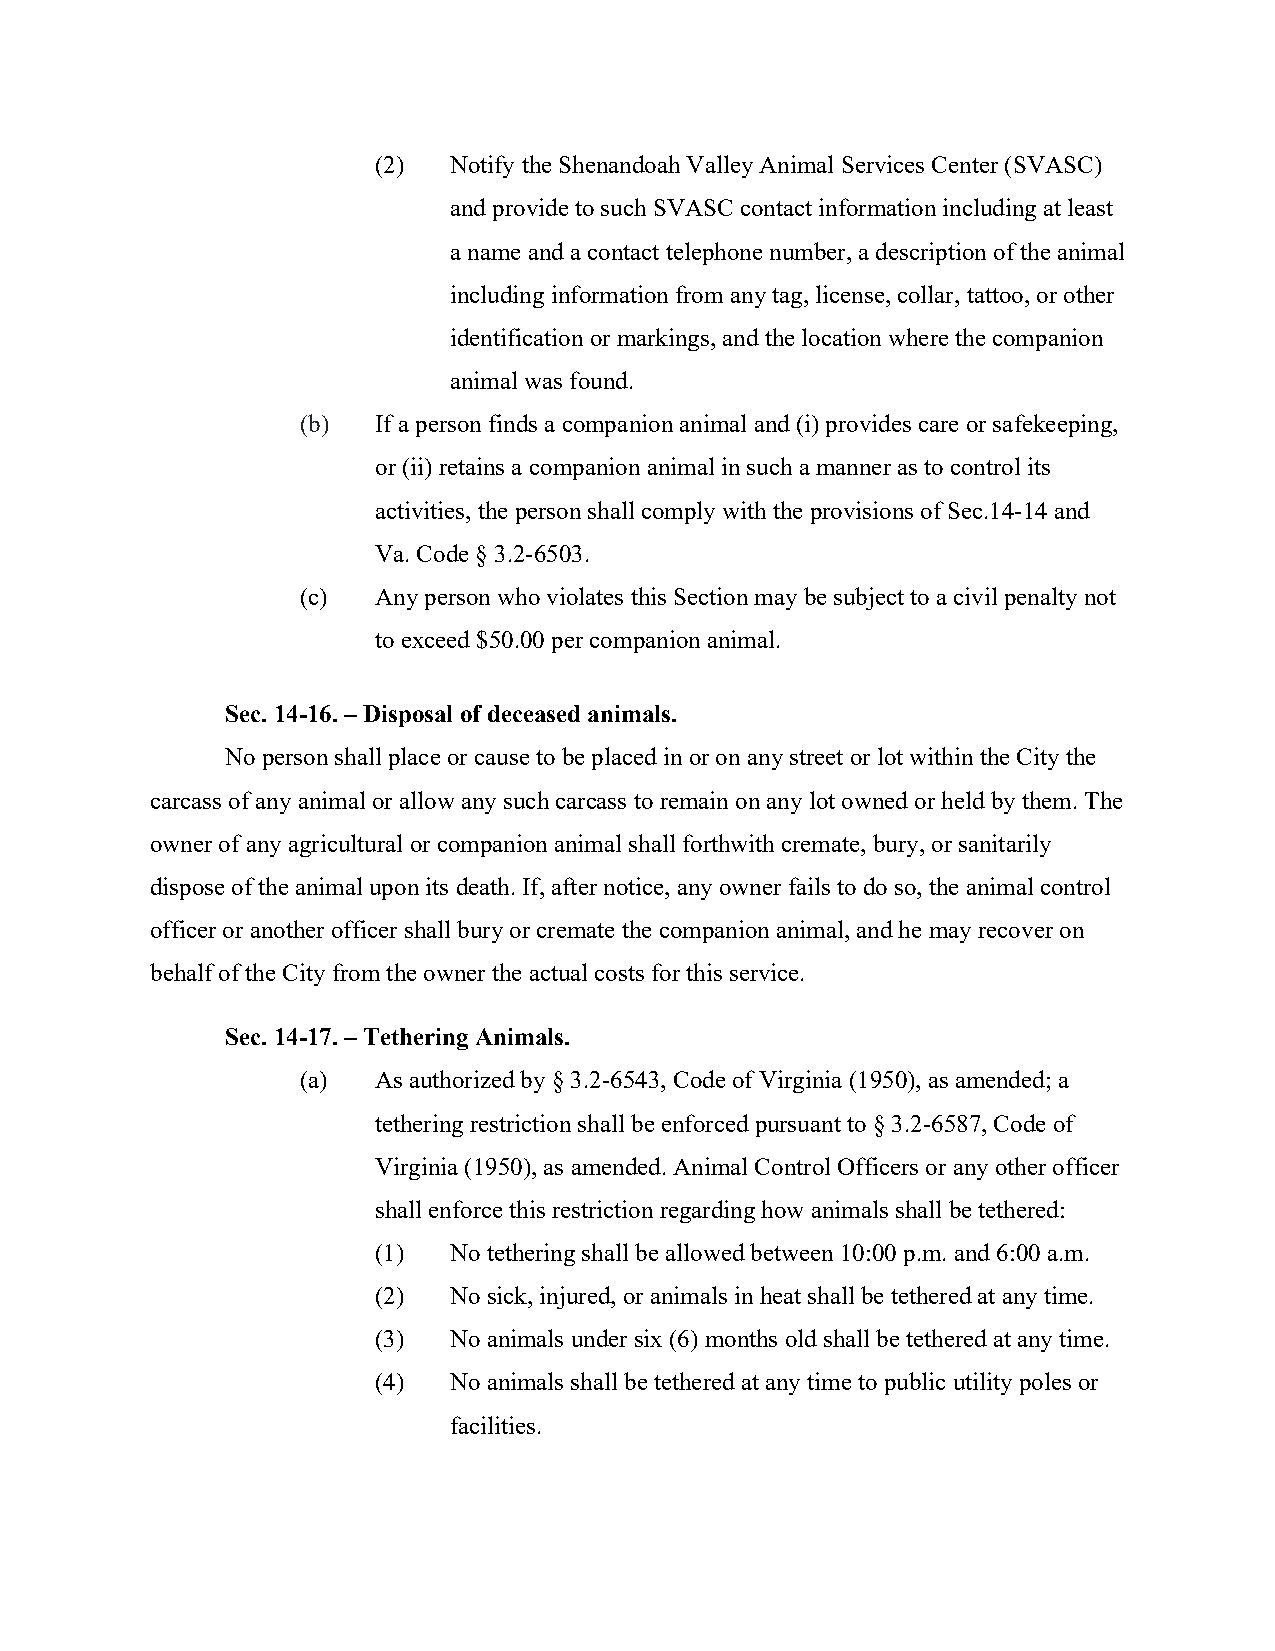
(2)  Notify the Shenandoah Valley Animal Services Center (SVASC)
 and provide to such SVASC contact information including at least
 a name and a contact telephone number, a description of the animal
 including information from any tag, license, collar, tattoo, or other
 identification or markings, and the location where the companion
 animal was found.
 (b)  If a person finds a companion animal and (i) provides care or safekeeping,
 or (ii) retains a companion animal in such a manner as to control its
 activities, the person shall comply with the provisions of Sec.14-14 and
 Va. Code § 3.2-6503.
 (c)  Any person who violates this Section may be subject to a civil penalty not
 to exceed $50.00 per companion animal.
 Sec. 14-16. – Disposal of deceased animals.
 No person shall place or cause to be placed in or on any street or lot within the City the
 carcass of any animal or allow any such carcass to remain on any lot owned or held by them. The
 owner of any agricultural or companion animal shall forthwith cremate, bury, or sanitarily
 dispose of the animal upon its death. If, after notice, any owner fails to do so, the animal control
 officer or another officer shall bury or cremate the companion animal, and he may recover on
 behalf of the City from the owner the actual costs for this service.
 Sec. 14-17. – Tethering Animals.
 (a)  As authorized by § 3.2-6543, Code of Virginia (1950), as amended; a
 tethering restriction shall be enforced pursuant to § 3.2-6587, Code of
 Virginia (1950), as amended. Animal Control Officers or any other officer
 shall enforce this restriction regarding how animals shall be tethered:
 (1)  No tethering shall be allowed between 10:00 p.m. and 6:00 a.m.
 (2)  No sick, injured, or animals in heat shall be tethered at any time.
 (3)  No animals under six (6) months old shall be tethered at any time.
 (4)  No animals shall be tethered at any time to public utility poles or
 facilities.